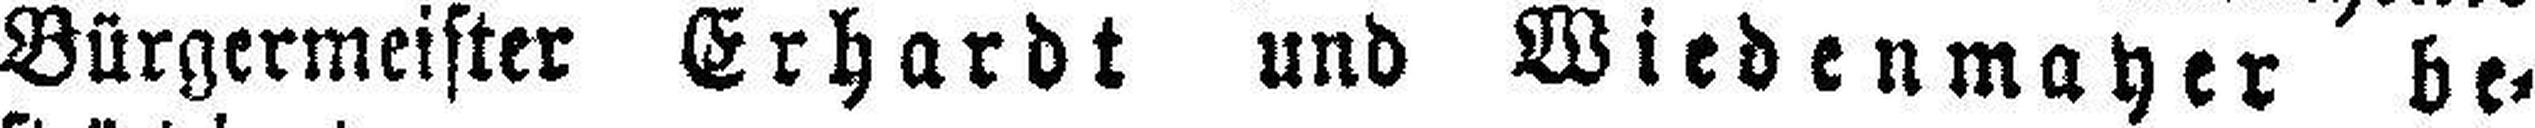
Bürgermeister Erhardt und Wiedenmayer be¬